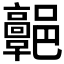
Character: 𩫩